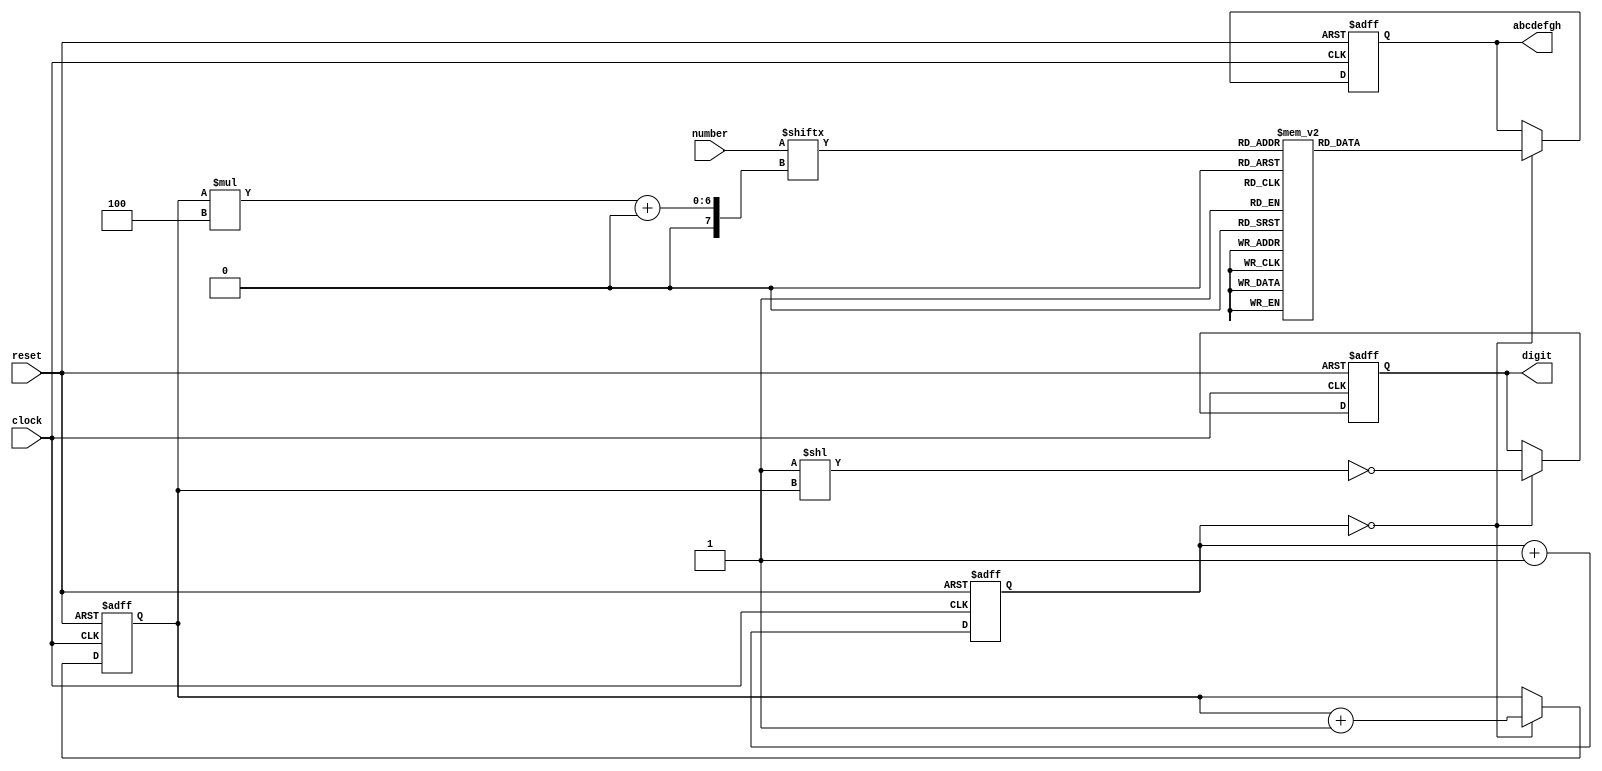
// This program was cloned from: https://github.com/DigitalDesignSchool/ce2020labs
// License: MIT License

module seven_segment_8_digits
(
    input             clock,
    input             reset,
    input      [31:0] number,

    output reg [ 7:0] abcdefgh,
    output reg [ 7:0] digit
);

    function [7:0] bcd_to_seg (input [3:0] bcd);

        case (bcd)

        'h0: bcd_to_seg = 'b00000011;  // a b c d e f g h
        'h1: bcd_to_seg = 'b10011111;
        'h2: bcd_to_seg = 'b00100101;  //   --a--
        'h3: bcd_to_seg = 'b00001101;  //  |     |
        'h4: bcd_to_seg = 'b10011001;  //  f     b
        'h5: bcd_to_seg = 'b01001001;  //  |     |
        'h6: bcd_to_seg = 'b01000001;  //   --g--
        'h7: bcd_to_seg = 'b00011111;  //  |     |
        'h8: bcd_to_seg = 'b00000001;  //  e     c
        'h9: bcd_to_seg = 'b00011001;  //  |     |
        'ha: bcd_to_seg = 'b00010001;  //   --d--  h
        'hb: bcd_to_seg = 'b11000001;
        'hc: bcd_to_seg = 'b01100011;
        'hd: bcd_to_seg = 'b10000101;
        'he: bcd_to_seg = 'b01100001;
        'hf: bcd_to_seg = 'b01110001;

        endcase

    endfunction

    reg [15:0] cnt;

    always @ (posedge clock or posedge reset)
        if (reset)
            cnt <= 16'd0;
        else
            cnt <= cnt + 16'd1;

    reg [2:0] i;

    always @ (posedge clock or posedge reset)
    begin
        if (reset)
        begin
            abcdefgh <=   bcd_to_seg (0);
            digit    <= ~ 8'b1;

            i <= 0;
        end
        else if (cnt == 16'b0)
        begin
            abcdefgh <=   bcd_to_seg (number [i * 4 +: 4]);
            digit    <= ~ (8'b1 << i);

            i <= i + 1;
        end
    end

endmodule